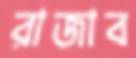
রাজাব